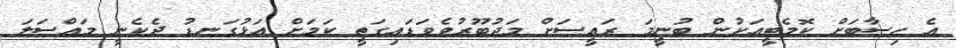
އެ ހިސާބަށް ކޮމެޓީއަކުން ބުނީމަ ރައީސަށް މަޖުބޫރުވެވަޑައިގަތީ ކަމަށް އަޅުގަނޑު ދެކެނީ މައްސަލަ